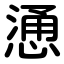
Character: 慂